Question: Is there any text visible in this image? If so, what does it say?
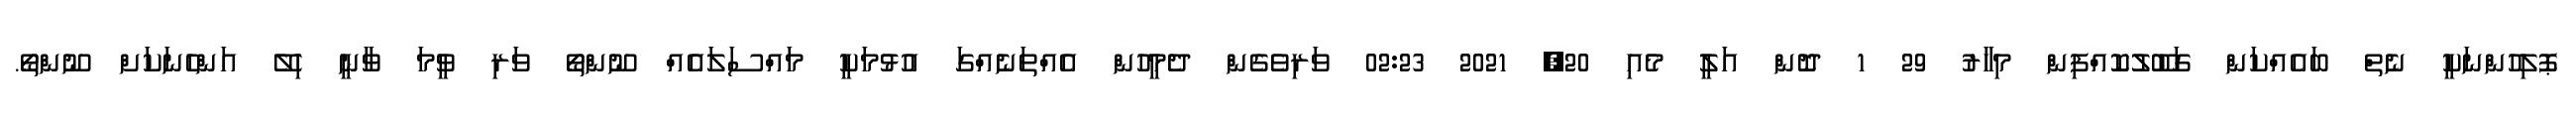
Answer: ޕޮލިހުންނަކީ ނެތް ބައެއްކަން ގަބޫލުކޮއްފިން މިހާރު 29 1 ދޮން އަލީ މެއި 20, 2021 02:23 ވަރިވެގެން ދެމީހުން އެއްތަނެއްގަ އުޅުމަކީ މައްސަލައެއް ނޫންތޯ ވަރި ވީމަ ވާނީ ހިލޭ އަންހެނަކަށް ނޫންތޯ.